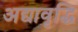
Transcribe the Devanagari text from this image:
अद्यावृद्धि